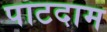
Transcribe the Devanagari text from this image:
पाटदाम